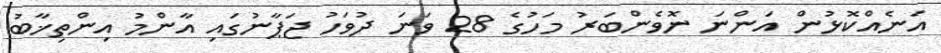
އަނެއްކޮޅުން އަންނަ ނޮވެންބަރު މަހުގެ 28 ވަނަ ދުވަހު ޖަޕާނުގައި އާންމު އިންތިޚާބު